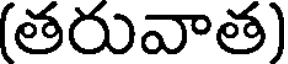
(తరువాత)